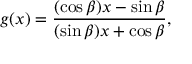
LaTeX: g ( x ) = { \frac { ( \cos \beta ) x - \sin \beta } { ( \sin \beta ) x + \cos \beta } } ,